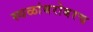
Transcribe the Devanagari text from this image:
स्थळांबरोबरच